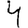
Digit: 4